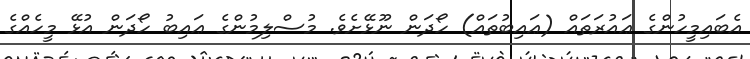
އެބައިމީހުންގެ ޢައުރަތައް (ޢައިބުތައް) ހޯދަން ނޫޅޭށެވެ. މުސްލިމުންގެ ޢައިބު ހޯދަން އުޅޭ މީހެއްގެ